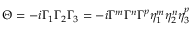
\Theta = - i \Gamma _ { 1 } \Gamma _ { 2 } \Gamma _ { 3 } = - i \Gamma ^ { m } \Gamma ^ { n } \Gamma ^ { p } \eta _ { 1 } ^ { m } \eta _ { 2 } ^ { n } \eta _ { 3 } ^ { p }